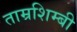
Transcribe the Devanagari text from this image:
ताम्रशिम्बी